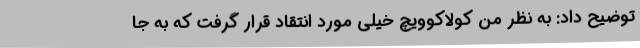
توضیح داد: به نظر من کولاکوویچ خیلی مورد انتقاد قرار گرفت که به جا